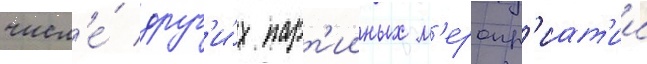
числ'е́ друг'и́х парт'ииных м'еропр'иат'ии